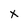
Character: x